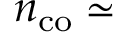
n _ { \mathrm { c o } } \simeq